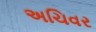
અચિવર